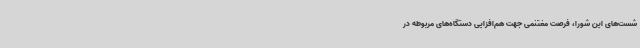
شست‌های این شورا، فرصت مغتنمی جهت هم‌افزایی دستگاه‌های مربوطه در